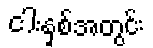
ငါးနှစ်အတွင်း